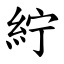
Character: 紵